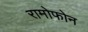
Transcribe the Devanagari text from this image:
रामोफोन